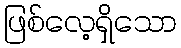
ဖြစ်လေ့ရှိသော